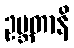
ဥဗ္ဘတာနိ